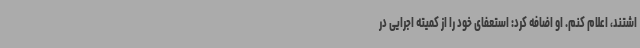
اشتند، اعلام کنم. او اضافه کرد: استعفای خود را از کمیته اجرایی در